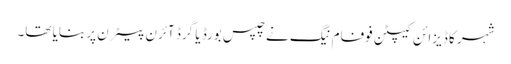
شہر کا ڈیزائن کیپٹن فوفام نیگ نے چپس بورڈ یا گرڈ آئرن پیٹرن پر بنایا تھا۔